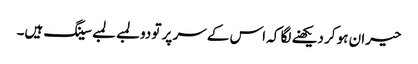
حیران ہو کر دیکھنے لگا کہ اس کے سر پر تو دو لمبے لمبے سینگ ہیں۔